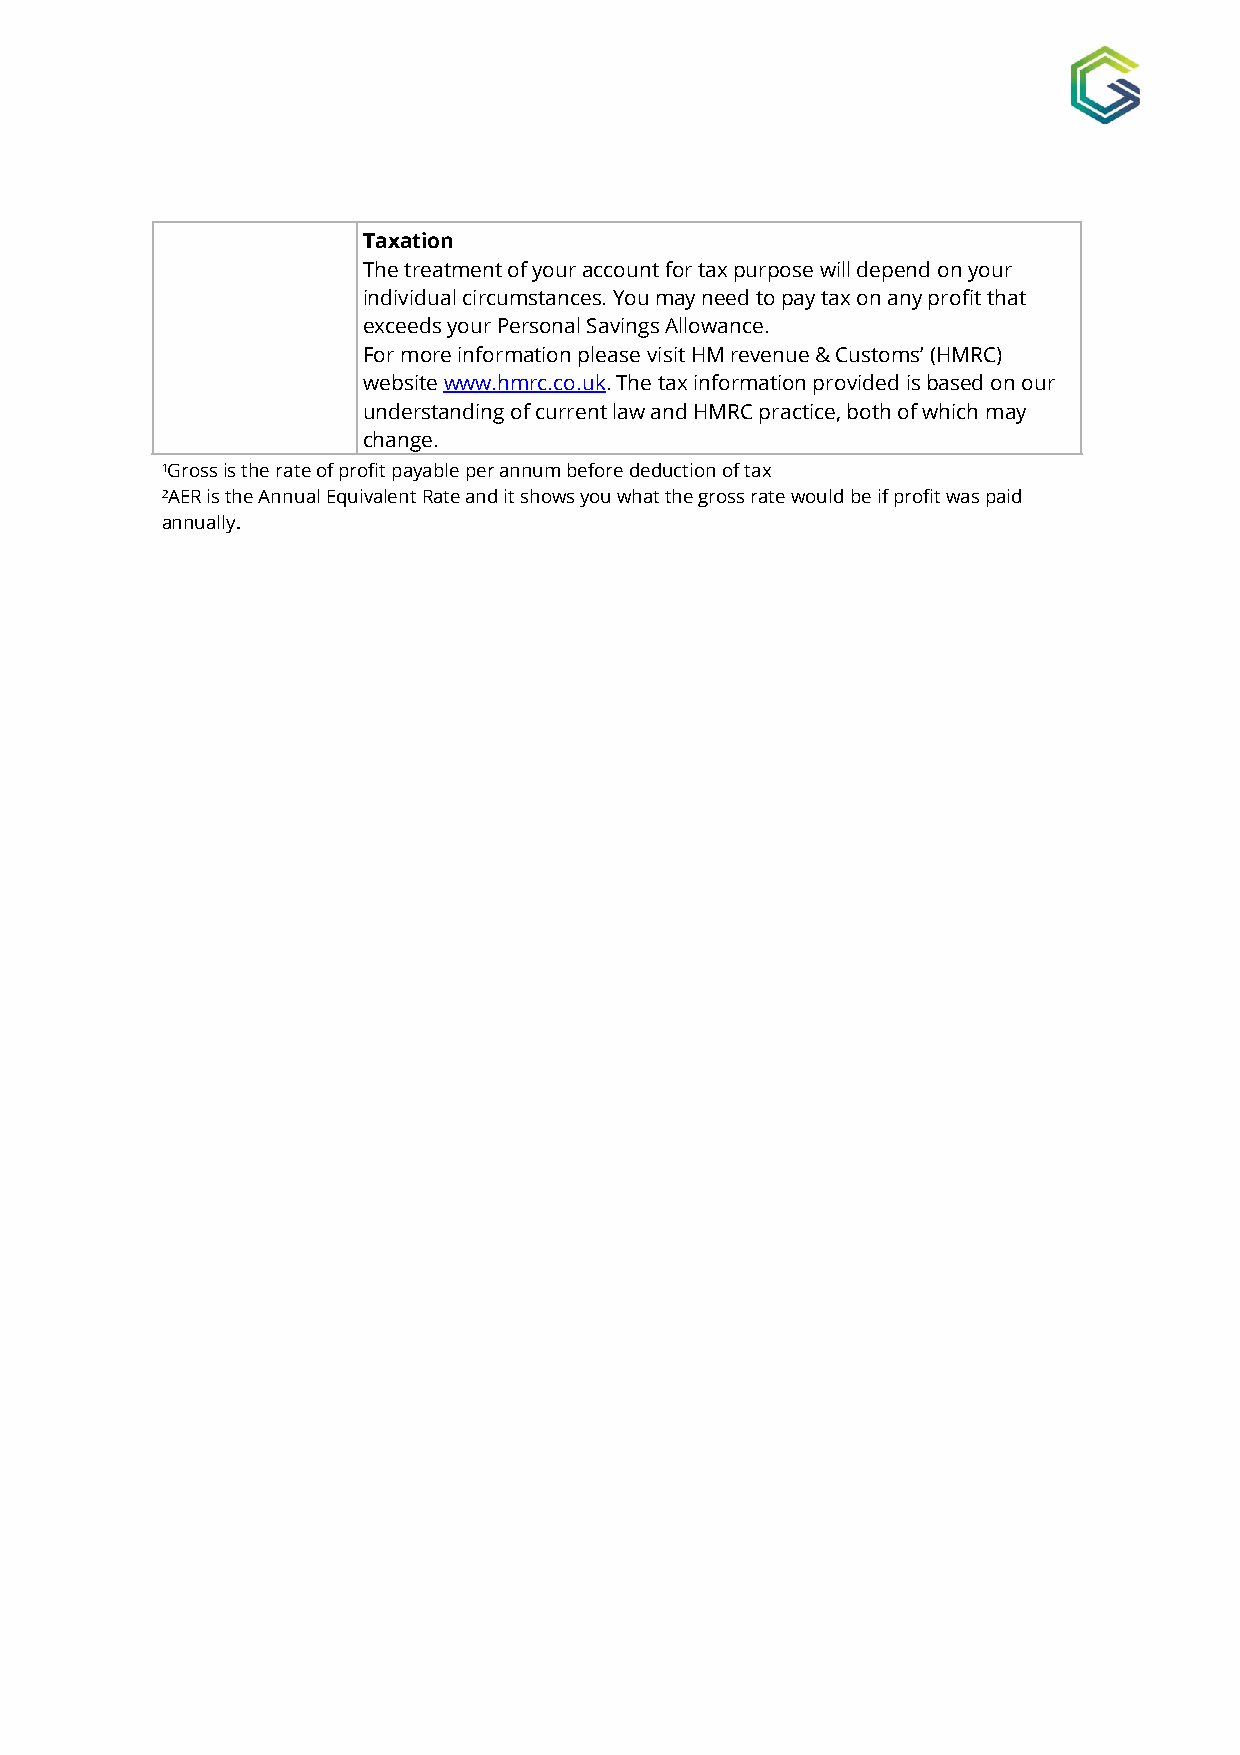
Taxation
 The treatment of your account for tax purpose will depend on your
 individual circumstances. You may need to pay tax on any profit that
 exceeds your Personal Savings Allowance.
 For more information please visit HM revenue & Customs’ (HMRC)
 website www.hmrc.co.uk. The tax information provided is based on our
 understanding of current law and HMRC practice, both of which may
 c hange.
 ¹Gross is the rate of profit payable per annum before deduction of tax
 ²AER is the Annual Equivalent Rate and it shows you what the gross rate would be if profit was paid
 annually.